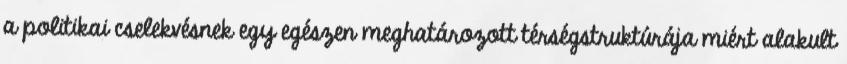
a politikai cselekvésnek egy egészen meghatározott térségstruktúrája miért alakult